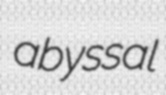
abyssal